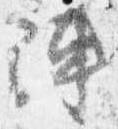
陣